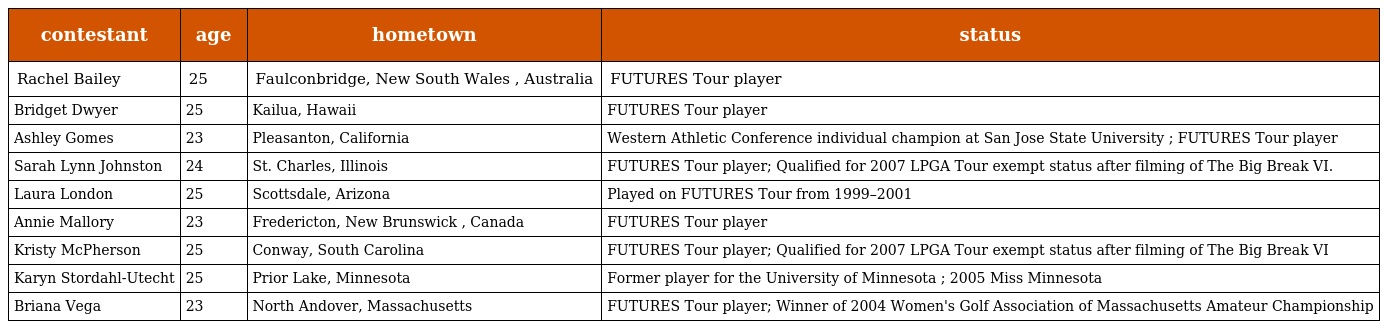
| contestant | age | hometown | status |
 | --- | --- | --- | --- |
 | Rachel Bailey | 25 | Faulconbridge, New South Wales , Australia | FUTURES Tour player |
 | Bridget Dwyer | 25 | Kailua, Hawaii | FUTURES Tour player |
 | Ashley Gomes | 23 | Pleasanton, California | Western Athletic Conference individual champion at San Jose State University ; FUTURES Tour player |
 | Sarah Lynn Johnston | 24 | St. Charles, Illinois | FUTURES Tour player; Qualified for 2007 LPGA Tour exempt status after filming of The Big Break VI. |
 | Laura London | 25 | Scottsdale, Arizona | Played on FUTURES Tour from 1999–2001 |
 | Annie Mallory | 23 | Fredericton, New Brunswick , Canada | FUTURES Tour player |
 | Kristy McPherson | 25 | Conway, South Carolina | FUTURES Tour player; Qualified for 2007 LPGA Tour exempt status after filming of The Big Break VI |
 | Karyn Stordahl-Utecht | 25 | Prior Lake, Minnesota | Former player for the University of Minnesota ; 2005 Miss Minnesota |
 | Briana Vega | 23 | North Andover, Massachusetts | FUTURES Tour player; Winner of 2004 Women's Golf Association of Massachusetts Amateur Championship |